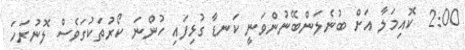
2:00  ކޮއިމަލާ އަށް ބުނެލަންބޭނުންވަނީ ކަނޑާ ގުޅިފައި ހުންނަ ކޯރުތަކުގަވެސް ލޮނުރަހަ